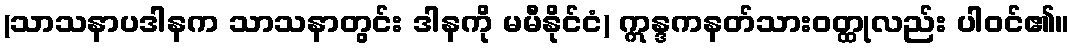
(သာသနာပဒါနက သာသနာတွင်း ဒါနကို မမီနိုင်ငံ) ဣန္ဒကနတ်သားဝတ္ထုလည်း ပါဝင်၏။